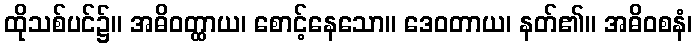
ထိုသစ်ပင်၌။ အဓိဝတ္ထာယ၊ စောင့်နေသော။ ဒေဝတာယ၊ နတ်၏။ အဓိဝစနံ၊